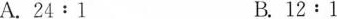
A.24:1B.12:1